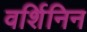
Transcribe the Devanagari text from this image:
वर्शिनिन